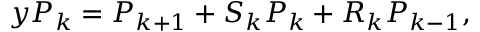
y P _ { k } = P _ { k + 1 } + S _ { k } P _ { k } + R _ { k } P _ { k - 1 } ,